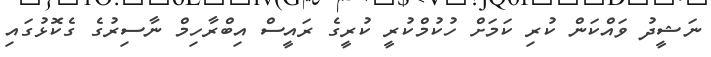
ނަޝީދު ވައްކަން ކުރި ކަމަށް ހުކުމްކުރީ ކުރީގެ ރައީސް އިބްރާހިމް ނާސިރުގެ ގެކޮޅުގައި